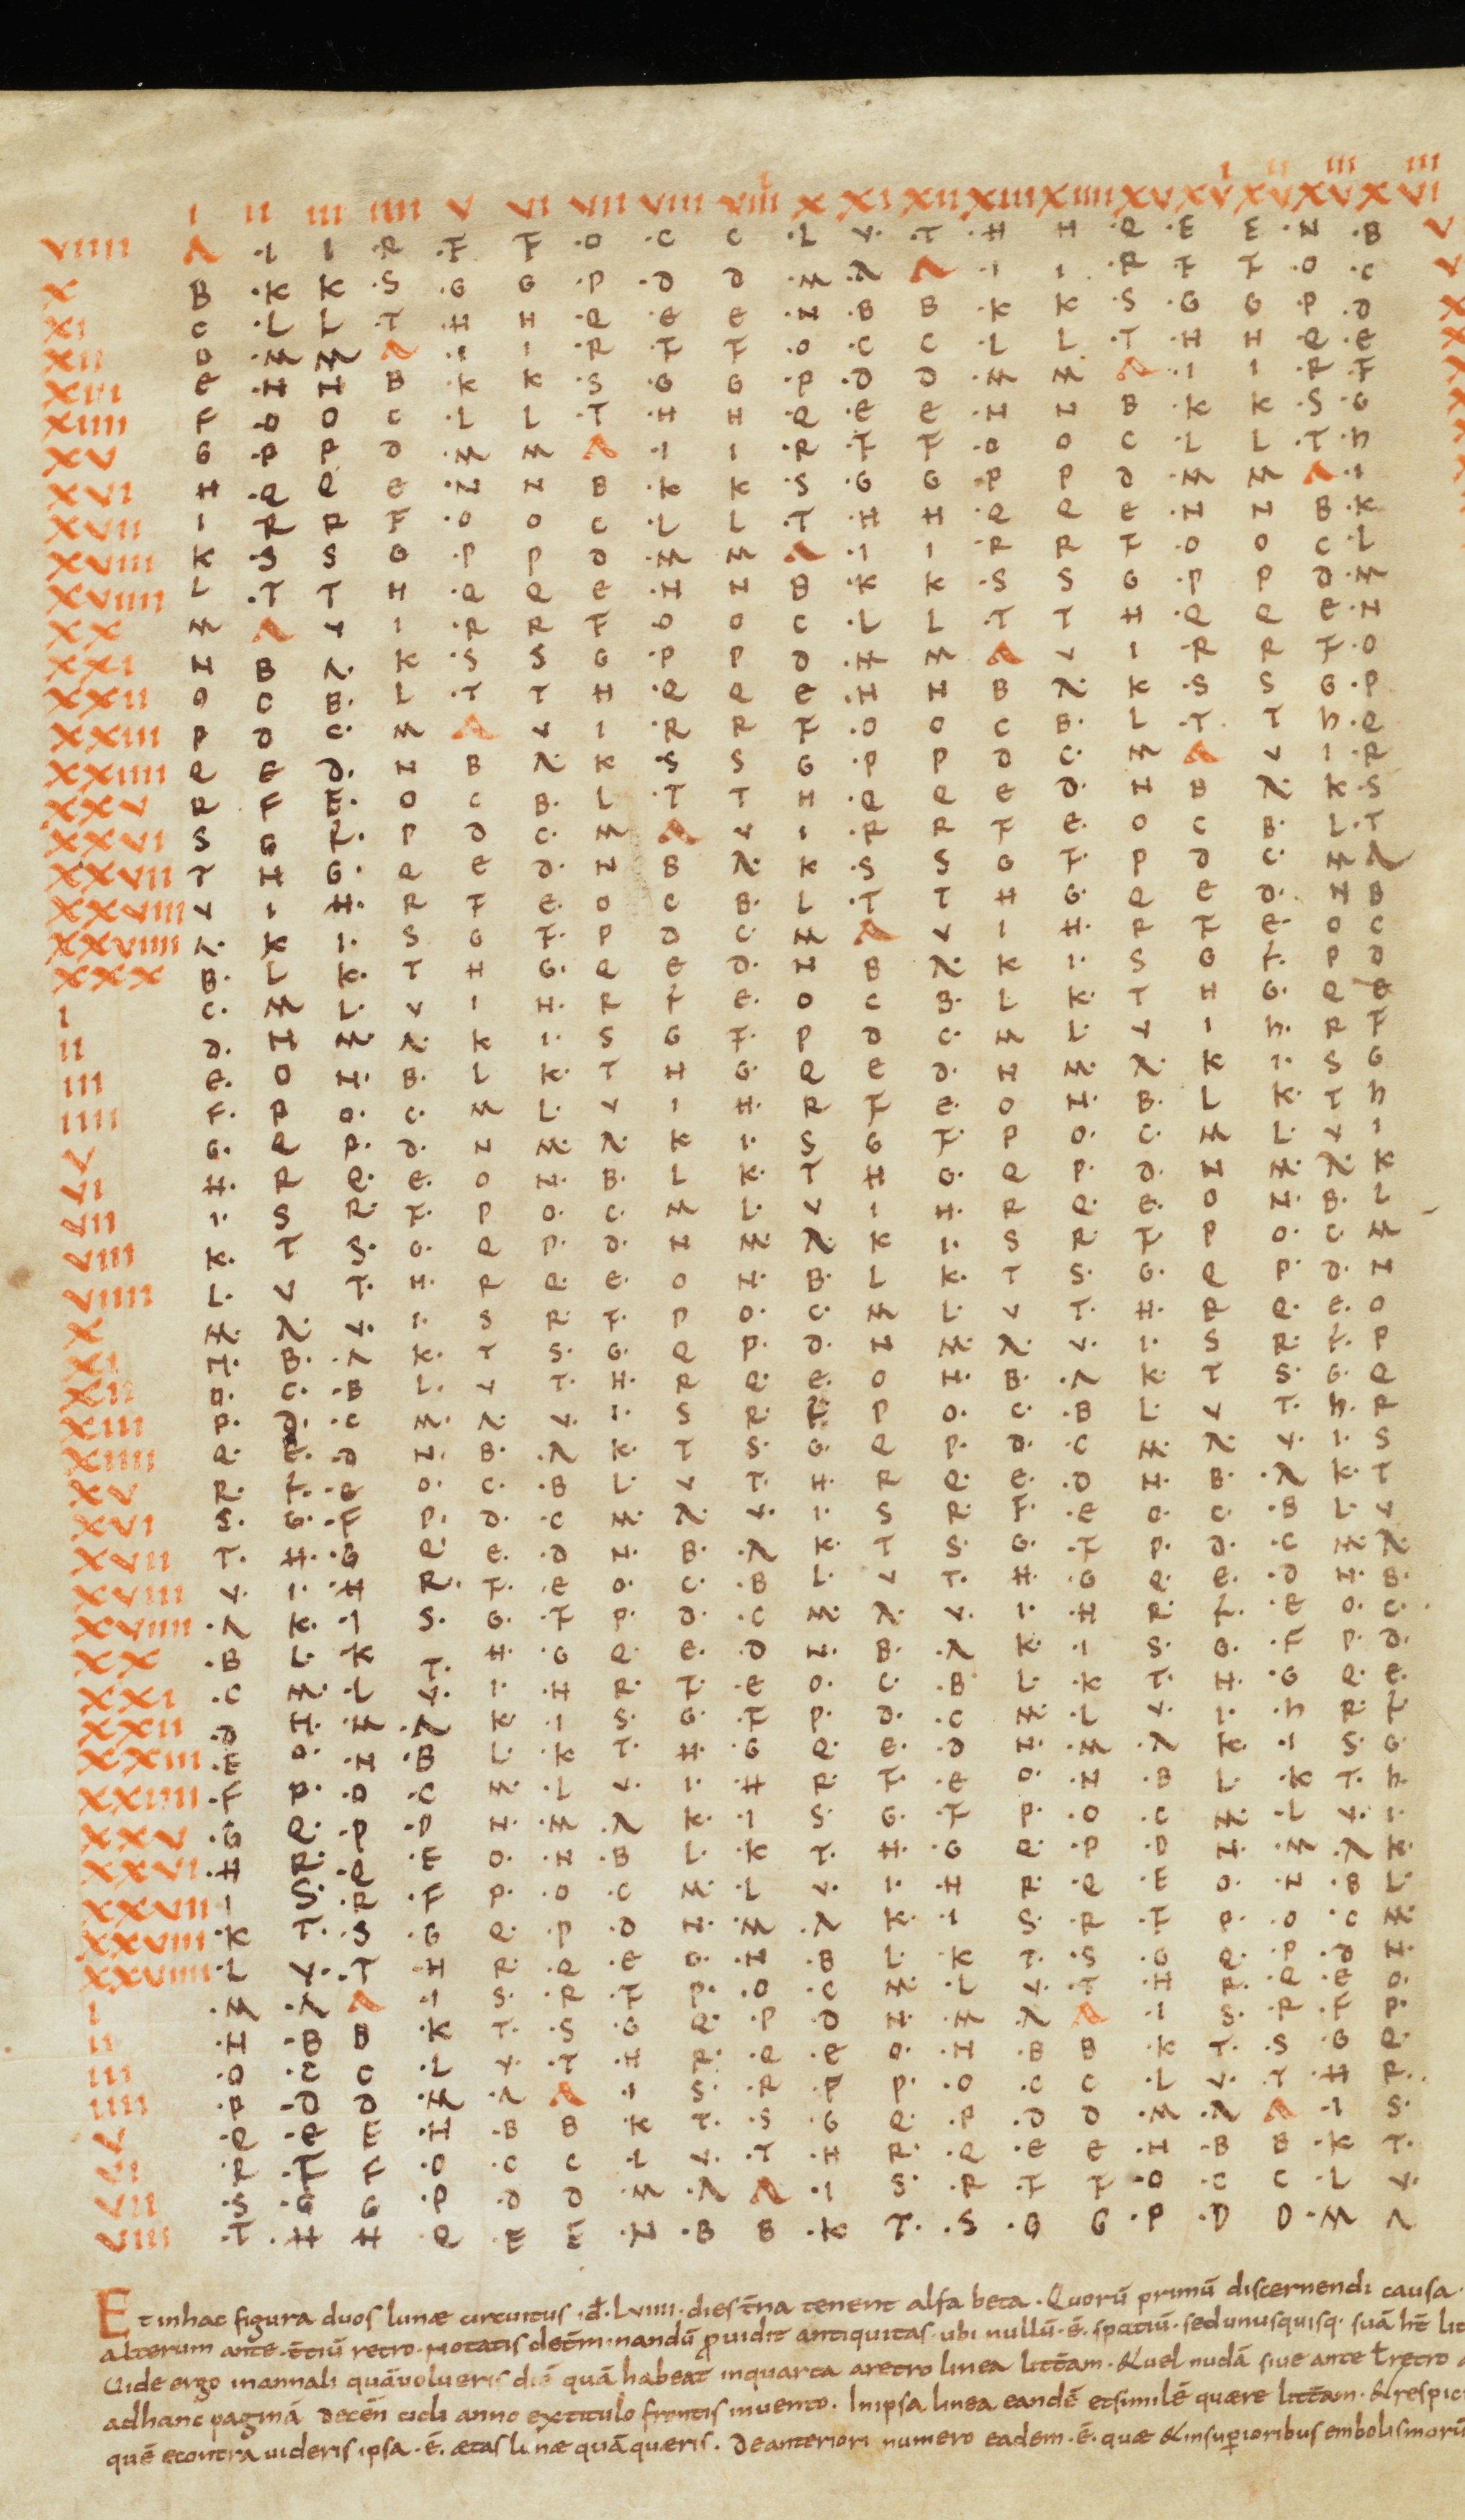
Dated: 821–851